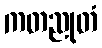
ကတညုတံ